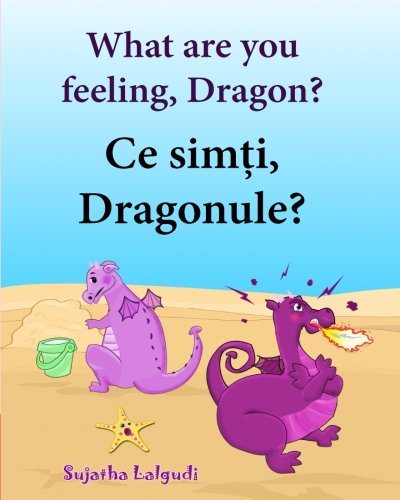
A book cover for Children's Romanian book: What are you feeling Dragon: Children's English-Romanian Picture Book (Bilingual Edition).Romanian children's books, ... picture books for children) (Volume 4); Sujatha Lalgudi; Children's Books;